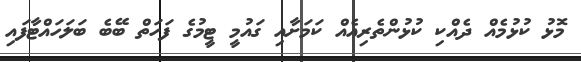
މޮޅު ކުޅުމެއް ދެއްކި ކުޅުންތެރިއެއް ކަމަށާއި ގައުމީ ޓީމުގެ ފަހަތް ބޭބެ ބަލަހައްޓާފައި